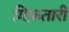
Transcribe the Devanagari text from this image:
गिफ़तारी